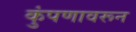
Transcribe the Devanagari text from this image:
कुंपणावरून